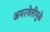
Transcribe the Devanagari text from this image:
अमरवेलीमुळे